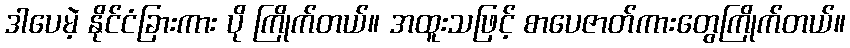
ဒါပေမဲ့ နိုင်ငံခြားကား ပို ကြိုက်တယ်။ အထူးသဖြင့် စာပေဇာတ်ကားတွေကြိုက်တယ်။